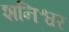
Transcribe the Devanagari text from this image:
शनिश्वर